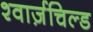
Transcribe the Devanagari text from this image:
श्वार्ज़चिल्ड